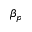
\beta _ { p }